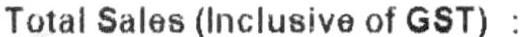
TOTAL SALES (INCLUSIVE OF GST) :